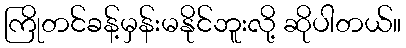
ကြိုတင်ခန့်မှန်းမနိုင်ဘူးလို့ ဆိုပါတယ်။